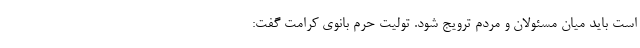
است باید میان مسئولان و مردم ترویج شود. تولیت حرم بانوی کرامت گفت: